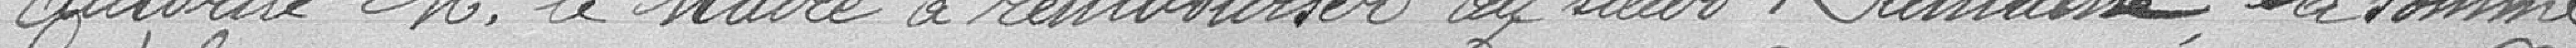
Autorise Monsieur le Maire à rembourser au sieur Dumaine, la somme